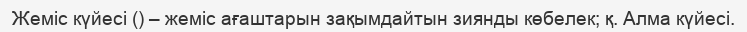
Жеміс күйесі () – жеміс ағаштарын зақымдайтын зиянды көбелек; қ. Алма күйесі.